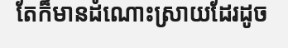
តែក៏មានដំណោះស្រាយដែរដូច